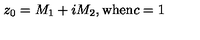
z _ { 0 } = M _ { 1 } + i M _ { 2 } \mathrm { , w h e n } c = 1